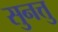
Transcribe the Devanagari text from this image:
सुनत्तु